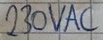
Text: 230VAC